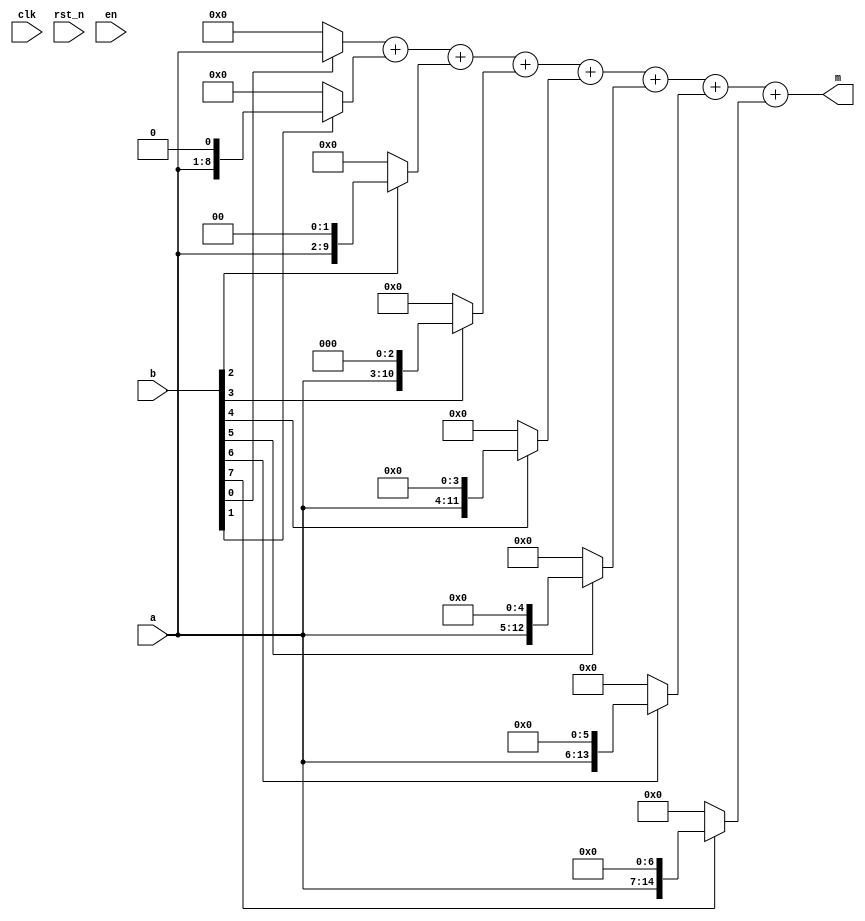
//-------------------------------------------------------------------------
// Design : normal_multiplier
// Descrition : multiplier.
// Revision : 1.0
//-------------------------------------------------------------------------
module normal_multiplier #(
  parameter WIDTH_A = 8,
  parameter WIDTH_B = 8,
  parameter TYPE = 0
)
(
  input             clk,    // system synchronous clock
  input             rst_n,  // system asynchrous negative reset
  input             en,     // system synchronous enable
  input [WIDTH_A-1:0] a,      // input a
  input [WIDTH_B-1:0] b,      // input b
  output [WIDTH_A+WIDTH_B-1:0] m);  // output of multiplier

/*
  * As a normal multiplier, I did it with as normal as possible method.
  * Specifically, element a multiply with element b can be expressed as shift
  * & adder. As defination: a = [a(N-1) : a(0)] and b =  [b(M-1):b(0)]. So the
  * result m = [m(M+N-1):m(0)]. Since the normal of multiplier with be sum of
  * multiply of element a with each bit of b. Hence, we have:
  * m = sum{ a*b(M-1) : a*b(0)}. Furthermore, because of binary logic
  * operator, a*b(X) will be shift function.
  *
  * As a note, I did not insert any register inside this multiplier. Therefore
  * the latency will be unacceptable. Depend on technology and goal frequency,
  * you should insert it mannually. To suitable for inserting register,
  * I separated each step of shifting and adding.
*/

  wire [WIDTH_A+WIDTH_B-1:0] post_shifting [WIDTH_B-1:0];
  // Register must be inserted between two signals
  wire [WIDTH_A+WIDTH_B-1:0] pre_adding [WIDTH_B-1:0];

  wire [WIDTH_A+WIDTH_B-1:0] post_adding [WIDTH_B-1:0];
  wire [WIDTH_A+WIDTH_B-1:0] a_extend;
  // Shifting function;
  assign a_extend = a;
  genvar i;
  generate
    for (i = 0; i < WIDTH_B; i = i + 1) begin: SHIFTING
      //assign pre_adding[i] = (b[i] == 1) ? {a << i}:0;
      //
      assign post_shifting[i] = (b[i] == 1) ? {a_extend << i}:0;
    end
  endgenerate
  // Instead of these lines, the registers should be inserted.
  generate
    for (i = 0; i < WIDTH_B; i = i + 1) begin: REGISTERING_OR_NOT
      assign pre_adding[i] = post_shifting[i];
    end
  endgenerate
  // Instead of serial adders, the binary case should be implemented.
  assign post_adding[0] = pre_adding[0];
  generate
  for (i = 1; i < WIDTH_B; i = i + 1) begin: ADDING
    assign post_adding[i] =  post_adding[i-1] + pre_adding[i];
  end
  endgenerate
  // output assignment
  assign m = post_adding[WIDTH_B-1];




endmodule